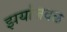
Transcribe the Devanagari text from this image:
झर्याजवळ